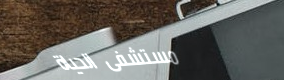
مستشفى الحياة